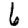
Digit: 6